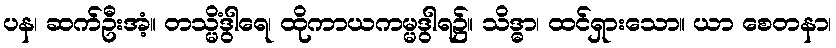
ပန၊ ဆက်ဦးအံ့။ တသ္မိံဒွါရေ၊ ထိုကာယကမ္မဒွါရ၌။ သိဒ္ဓာ၊ ထင်ရှားသော။ ယာ စေတနာ၊